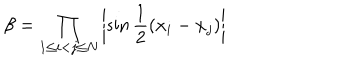
\beta = \prod _ { 1 \leq i < j \leq N } \left| \sin \frac { 1 } { 2 } ( x _ { i } - x _ { j } ) \right|